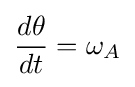
{\frac {d\theta }{dt}}=\omega _{A}